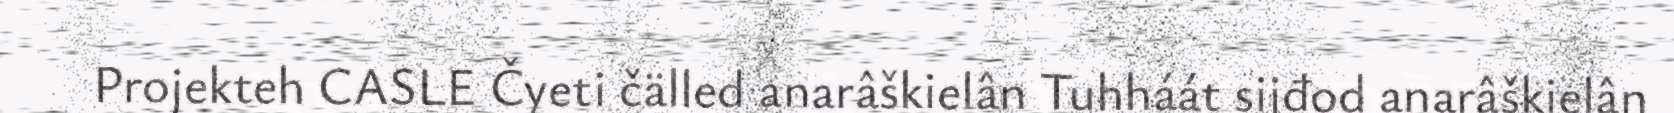
Projekteh CASLE Čyeti čälled anarâškielân Tuhháát sijđod anarâškielân